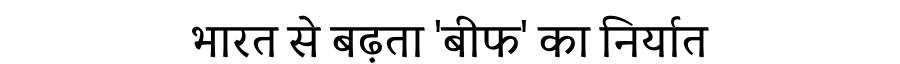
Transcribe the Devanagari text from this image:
भारत से बढ़ता 'बीफ' का निर्यात